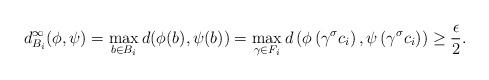
LaTeX: \begin{align*} d^\infty_{B_i}(\phi,\psi) = \max_{b \in B_i} d(\phi(b),\psi(b)) = \max_{\gamma \in F_i} d\left(\phi\left(\gamma^\sigma c_i\right),\psi \left(\gamma^\sigma c_i \right) \right) \geq \frac{\epsilon}{2}. \end{align*}